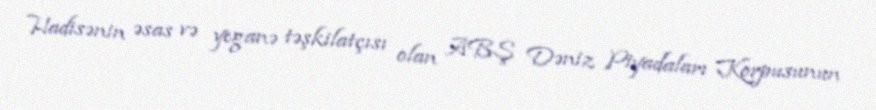
Hadisənin əsas və yeganə təşkilatçısı olan ABŞ Dəniz Piyadaları Korpusunun